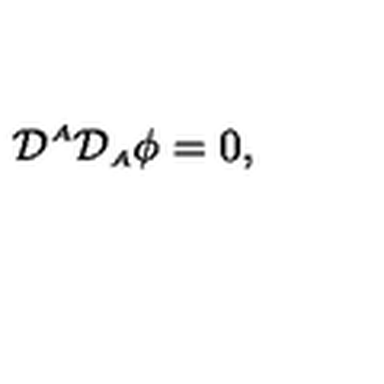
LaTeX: { \cal D } ^ { \scriptscriptstyle A } { \cal D } _ { \scriptscriptstyle A } \phi = 0 ,